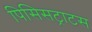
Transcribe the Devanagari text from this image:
पिसिसट्राटस